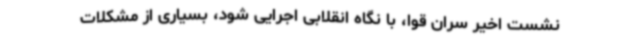
نشست اخیر سران قوا، با نگاه انقلابی اجرایی شود، بسیاری از مشکلات